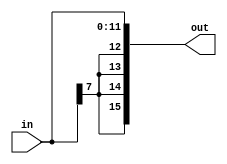
module se_12b_16b(
    input [11:0] in,
    output [15:0] out
    );
	 
	assign out = {{4{in[7]}}, in};
	 
endmodule